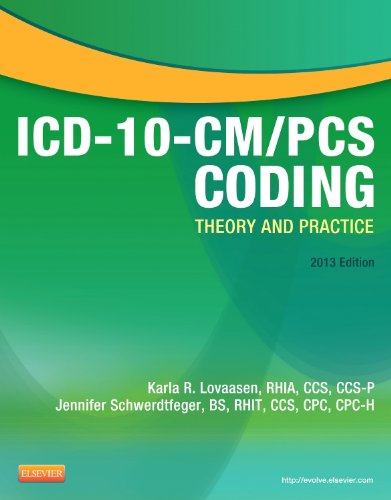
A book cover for ICD-10-CM/PCS Coding: Theory and Practice, 2013 Edition, 1e; Karla R. Lovaasen RHIA  CCS  CCS-P; Medical Books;